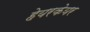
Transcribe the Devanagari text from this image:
हेयरकेयर